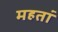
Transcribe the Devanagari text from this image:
महतां